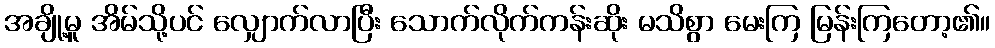
အချို့မူ အိမ်သို့ပင် လျှောက်လာပြီး သောက်လိုက်ကန်းဆိုး မသိစွာ မေးကြ မြန်းကြတော့၏။